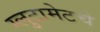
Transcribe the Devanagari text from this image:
ग्लुटामेटचे